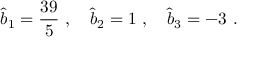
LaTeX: { \widehat b } _ { 1 } = { \frac { 3 9 } { 5 } } ~ , ~ ~ ~ { \widehat b } _ { 2 } = 1 ~ , ~ ~ ~ { \widehat b } _ { 3 } = - 3 ~ .